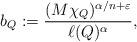
LaTeX: \begin{align*}b_Q:=\frac{(M\chi_Q)^{\alpha/n+\varepsilon}}{\ell(Q)^\alpha},\end{align*}